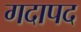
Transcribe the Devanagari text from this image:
गदापद